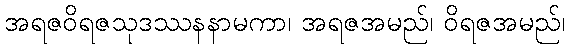
အရဇဝိရဇသုဒဿနနာမကာ၊ အရဇအမည်၊ ဝိရဇအမည်၊